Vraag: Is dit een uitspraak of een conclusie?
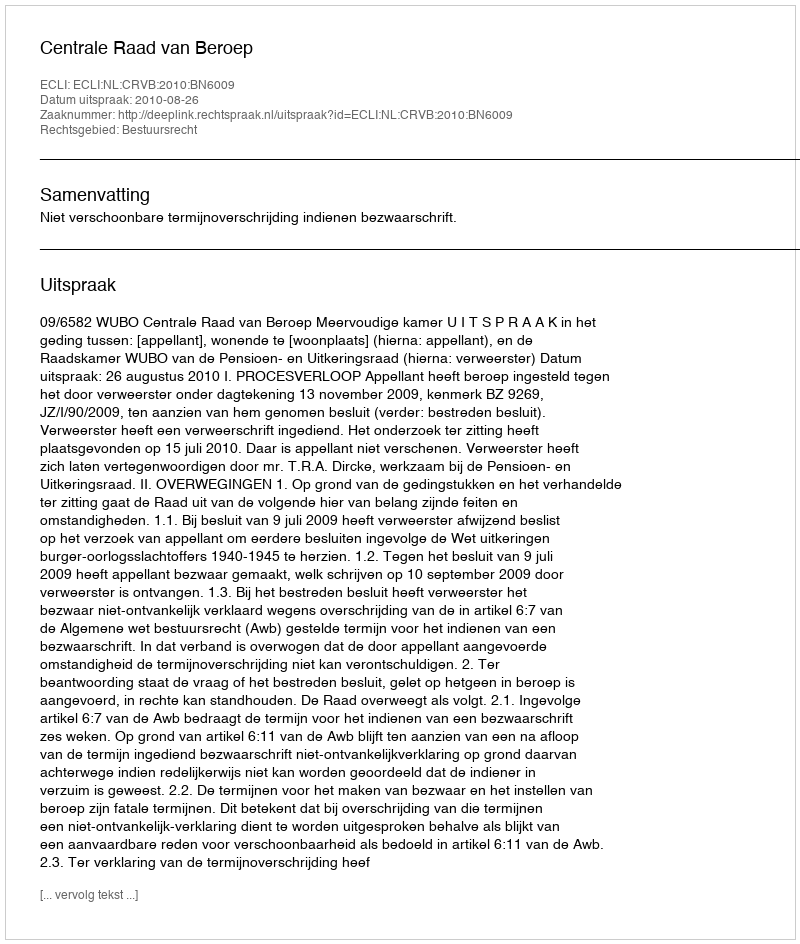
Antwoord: Uitspraak